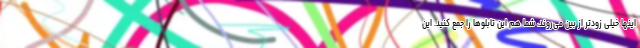
اینها خیلی زودتر از بین می‌روند، شما هم این تابلوها را جمع کنید. این